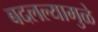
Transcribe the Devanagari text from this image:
बदलल्यामुळे